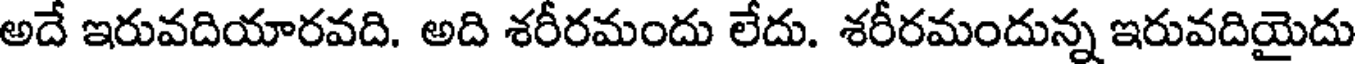
అదే ఇరువదియారవది. అది శరీరమందు లేదు. శరీరమందున్న ఇరువదియైదు